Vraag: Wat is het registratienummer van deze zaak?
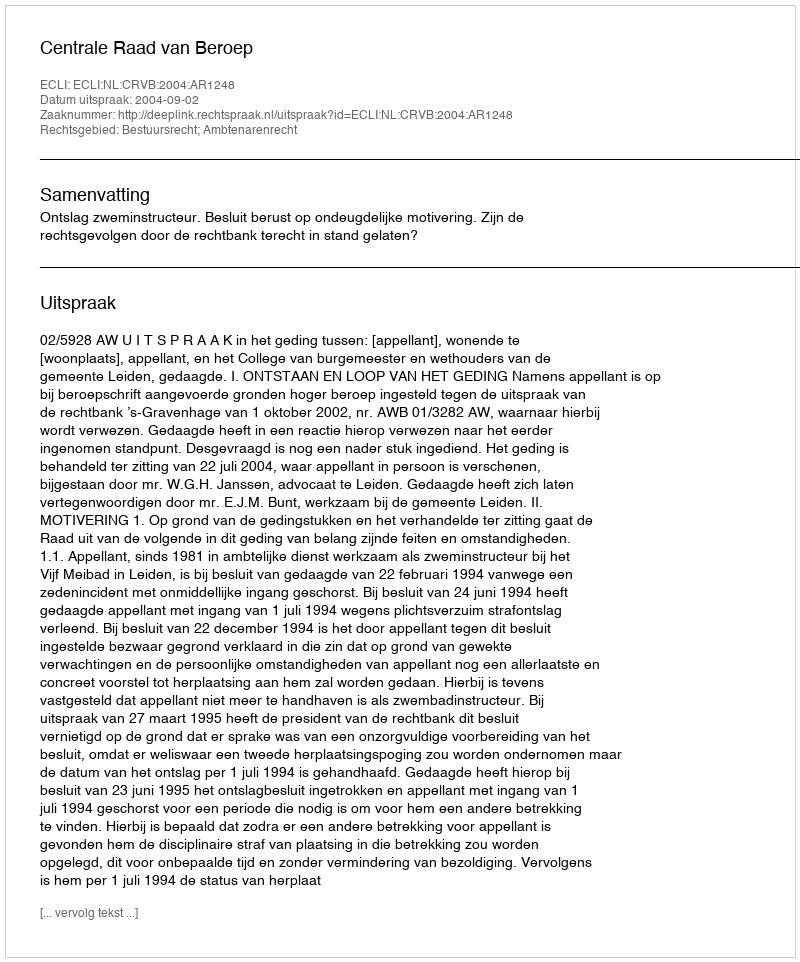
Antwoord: http://deeplink.rechtspraak.nl/uitspraak?id=ECLI:NL:CRVB:2004:AR1248